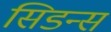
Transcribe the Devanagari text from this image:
सिडन्स